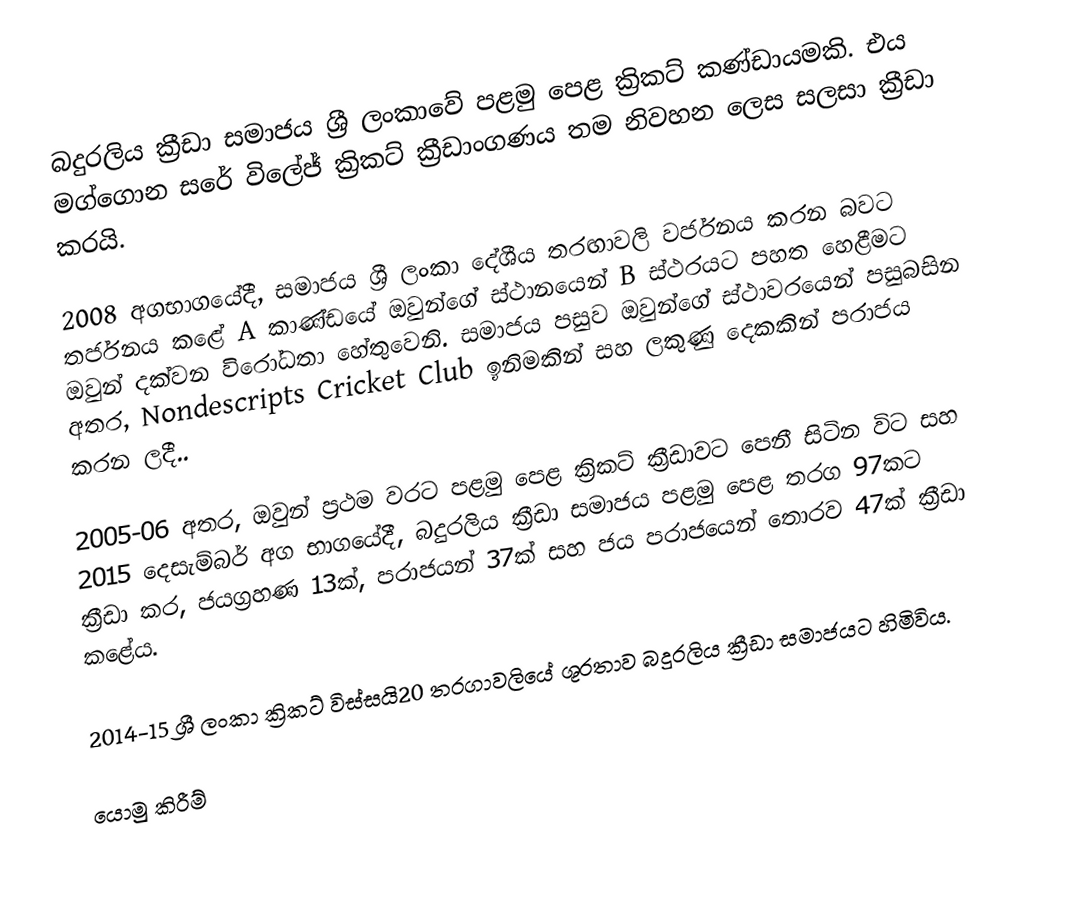
බදුරලිය ක්‍රීඩා සමාජය ශ්‍රී ලංකාවේ පළමු පෙළ ක්‍රිකට් කණ්ඩායමකි. එය මග්ගොන සරේ විලේජ් ක්‍රිකට් ක්‍රීඩාංගණය තම නිවහන ලෙස සලසා ක්‍රීඩා කරයි.

2008 අගභාගයේදී, සමාජය ශ්‍රී ලංකා දේශීය තරඟාවලි වර්ජනය කරන බවට තර්ජනය කළේ A කාණ්ඩයේ ඔවුන්ගේ ස්ථානයෙන් B ස්ථරයට පහත හෙළීමට ඔවුන් දක්වන විරෝධතා හේතුවෙනි. සමාජය පසුව ඔවුන්ගේ ස්ථාවරයෙන් පසුබසින අතර, Nondescripts Cricket Club ඉනිමකින් සහ ලකුණු දෙකකින් පරාජය කරන ලදී..

2005-06 අතර, ඔවුන් ප්‍රථම වරට පළමු පෙළ ක්‍රිකට් ක්‍රීඩාවට පෙනී සිටින විට සහ 2015 දෙසැම්බර් අග භාගයේදී, බදුරලිය ක්‍රීඩා සමාජය පළමු පෙළ තරග 97කට ක්‍රීඩා කර, ජයග්‍රහණ 13ක්, පරාජයන් 37ක් සහ ජය පරාජයෙන් තොරව 47ක් ක්‍රීඩා කළේය.

2014-15 ශ්‍රී ලංකා ක්‍රිකට් විස්සයි20 තරගාවලියේ ශූරතාව බදුරලිය ක්‍රීඩා සමාජයට හිමිවිය.

යොමු කිරීම්